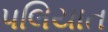
પલિયાત